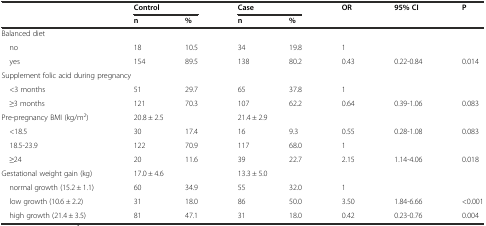
<table><thead><tr><td rowspan="2"></td><td colspan="2"><b>Control</b></td><td colspan="2"><b>Case</b></td><td rowspan="2"><b>OR</b></td><td rowspan="2"><b>95% CI</b></td><td rowspan="2"><b>P</b></td></tr><tr><td><b>n</b></td><td><b>%</b></td><td><b>n</b></td><td><b>%</b></td></tr></thead><tbody><tr><td colspan="8">Balanced diet</td></tr><tr><td> no</td><td>18</td><td>10.5</td><td>34</td><td>19.8</td><td>1</td><td></td><td></td></tr><tr><td> yes</td><td>154</td><td>89.5</td><td>138</td><td>80.2</td><td>0.43</td><td>0.22-0.84</td><td>0.014</td></tr><tr><td colspan="8">Supplement folic acid during pregnancy</td></tr><tr><td> &lt;3 months</td><td>51</td><td>29.7</td><td>65</td><td>37.8</td><td>1</td><td></td><td></td></tr><tr><td> ≥3 months</td><td>121</td><td>70.3</td><td>107</td><td>62.2</td><td>0.64</td><td>0.39-1.06</td><td>0.083</td></tr><tr><td>Pre-pregnancy BMI (kg/m<sup>2</sup>)</td><td colspan="2">20.8 ± 2.5</td><td colspan="2">21.4 ± 2.9</td><td></td><td></td><td></td></tr><tr><td> &lt;18.5</td><td>30</td><td>17.4</td><td>16</td><td>9.3</td><td>0.55</td><td>0.28-1.08</td><td>0.083</td></tr><tr><td> 18.5-23.9</td><td>122</td><td>70.9</td><td>117</td><td>68.0</td><td>1</td><td></td><td></td></tr><tr><td> ≥24</td><td>20</td><td>11.6</td><td>39</td><td>22.7</td><td>2.15</td><td>1.14-4.06</td><td>0.018</td></tr><tr><td>Gestational weight gain (kg)</td><td colspan="2">17.0 ± 4.6</td><td colspan="2">13.3 ± 5.0</td><td></td><td></td><td></td></tr><tr><td> normal growth (15.2 ± 1.1)</td><td>60</td><td>34.9</td><td>55</td><td>32.0</td><td>1</td><td></td><td></td></tr><tr><td> low growth (10.6 ± 2.2)</td><td>31</td><td>18.0</td><td>86</td><td>50.0</td><td>3.50</td><td>1.84-6.66</td><td>&lt;0.001</td></tr><tr><td> high growth (21.4 ± 3.5)</td><td>81</td><td>47.1</td><td>31</td><td>18.0</td><td>0.42</td><td>0.23-0.76</td><td>0.004</td></tr></tbody></table>